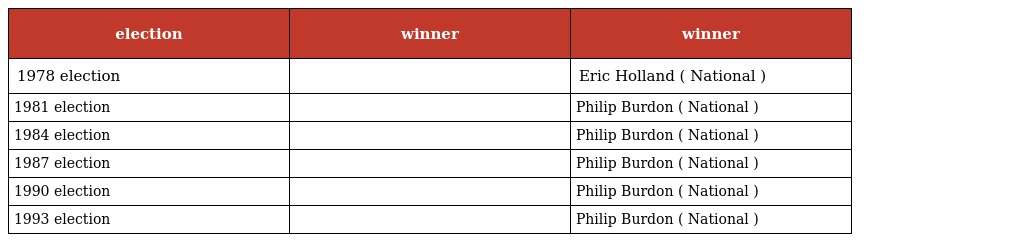
| election | winner | winner |
 | --- | --- | --- |
 | 1978 election |  | Eric Holland ( National ) |
 | 1981 election |  | Philip Burdon ( National ) |
 | 1984 election |  | Philip Burdon ( National ) |
 | 1987 election |  | Philip Burdon ( National ) |
 | 1990 election |  | Philip Burdon ( National ) |
 | 1993 election |  | Philip Burdon ( National ) |